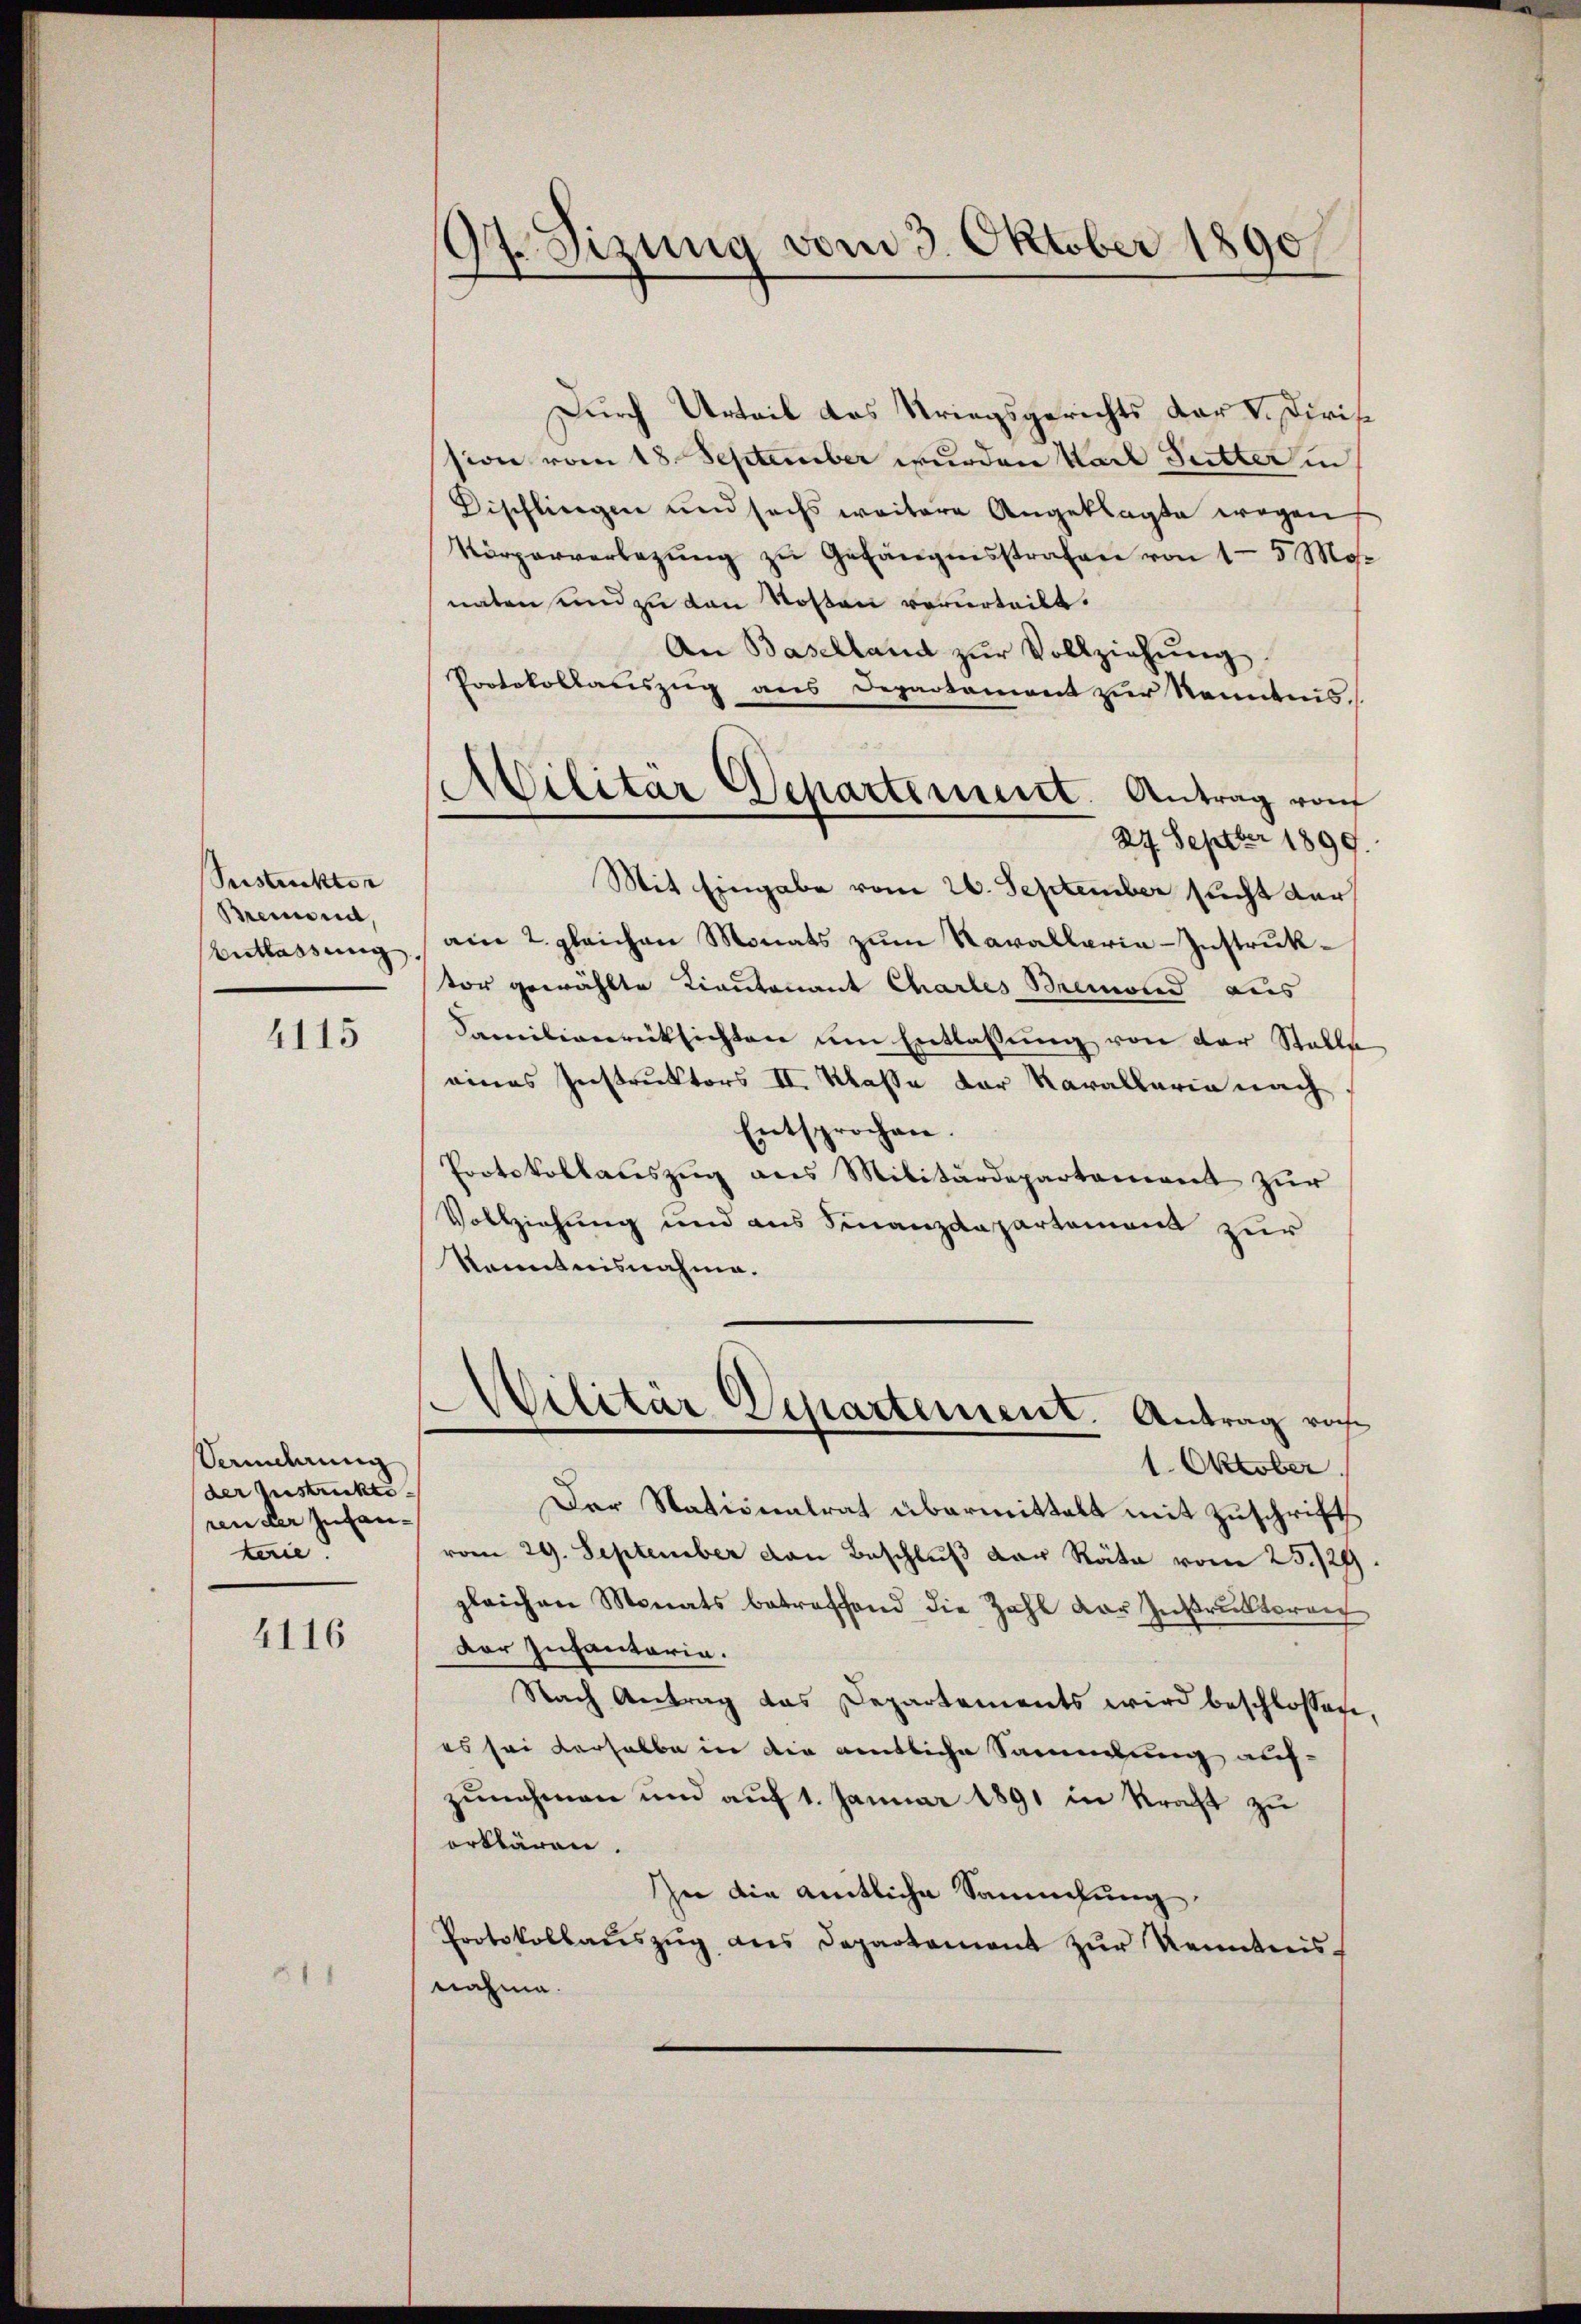
Austrickten
Brenne,
4115

Vermehrung
der zustrickte
ren der Infan
terie

4116

511

17. Sizung vom 3. Oktober 1890

Durch Urteil das Kriegsgerichts der V. Dirisc
sion vom 18. September wurden Karl Sutter in
Bischlingen und sechs weitere Angeklagte wegen
Körperverlegŭng zŭ Gefängnisstrafen von 15 Mose
naten und zu den Kosten verurteilt.
An Baselland zŭr Vollziehŭng.
Protokollauszug aus Departament zur Kenntnis.
27. Septbr 1899.
Mit Eingabe vom 26. September sucht der
Entlassŭng am 2. gleichen Monats zŭm Kavallaria-Instruktor gewählte Lieutenant Charles Memond aus
Familiverrücksichten ŭm Entlassŭng von der Stalle
eines Instruktors II. Klasse der Kavallaria nach
Entsprochen.
Protokollauszug aus Militärdepartement zur
Vollziehung und aus Finanzdepartement zur
Kenntnisnahme.
Militär Departement. Antrag ras
1. Oktober.
Der Nationalrat übermittelt mit Zuschrift
vom 29. September den Beschluß der Räte vom 25./29.
gleichen Monats betreffend die Zahl der Instruktoren
Der Infantaria.
Nach Antrag das Departements wird beschlossen,
es sei verhalbe in die amtliche Sammlung aufzunahmen und auf 1. Januar 1891 in Kraft zu
erklären.
In die amtliche Sammlung
Protokollauszug aus Departement zur Kenntnisnahme.

Militär Departement. Antrag von